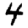
Digit: 4